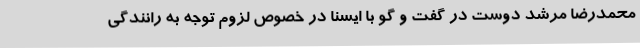
محمدرضا مرشد دوست در گفت و گو با ایسنا در خصوص لزوم توجه به رانندگی